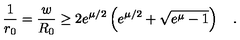
\frac { 1 } { r _ { 0 } } = \frac { w } { R _ { 0 } } \geq 2 e ^ { \mu / 2 } \left( e ^ { \mu / 2 } + \sqrt { e ^ { \mu } - 1 } \right) \quad .